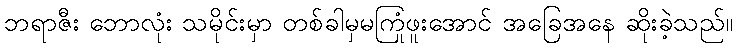
ဘရာဇီး ဘောလုံး သမိုင်းမှာ တစ်ခါမှမကြုံဖူးအောင် အခြေအနေ ဆိုးခဲ့သည်။